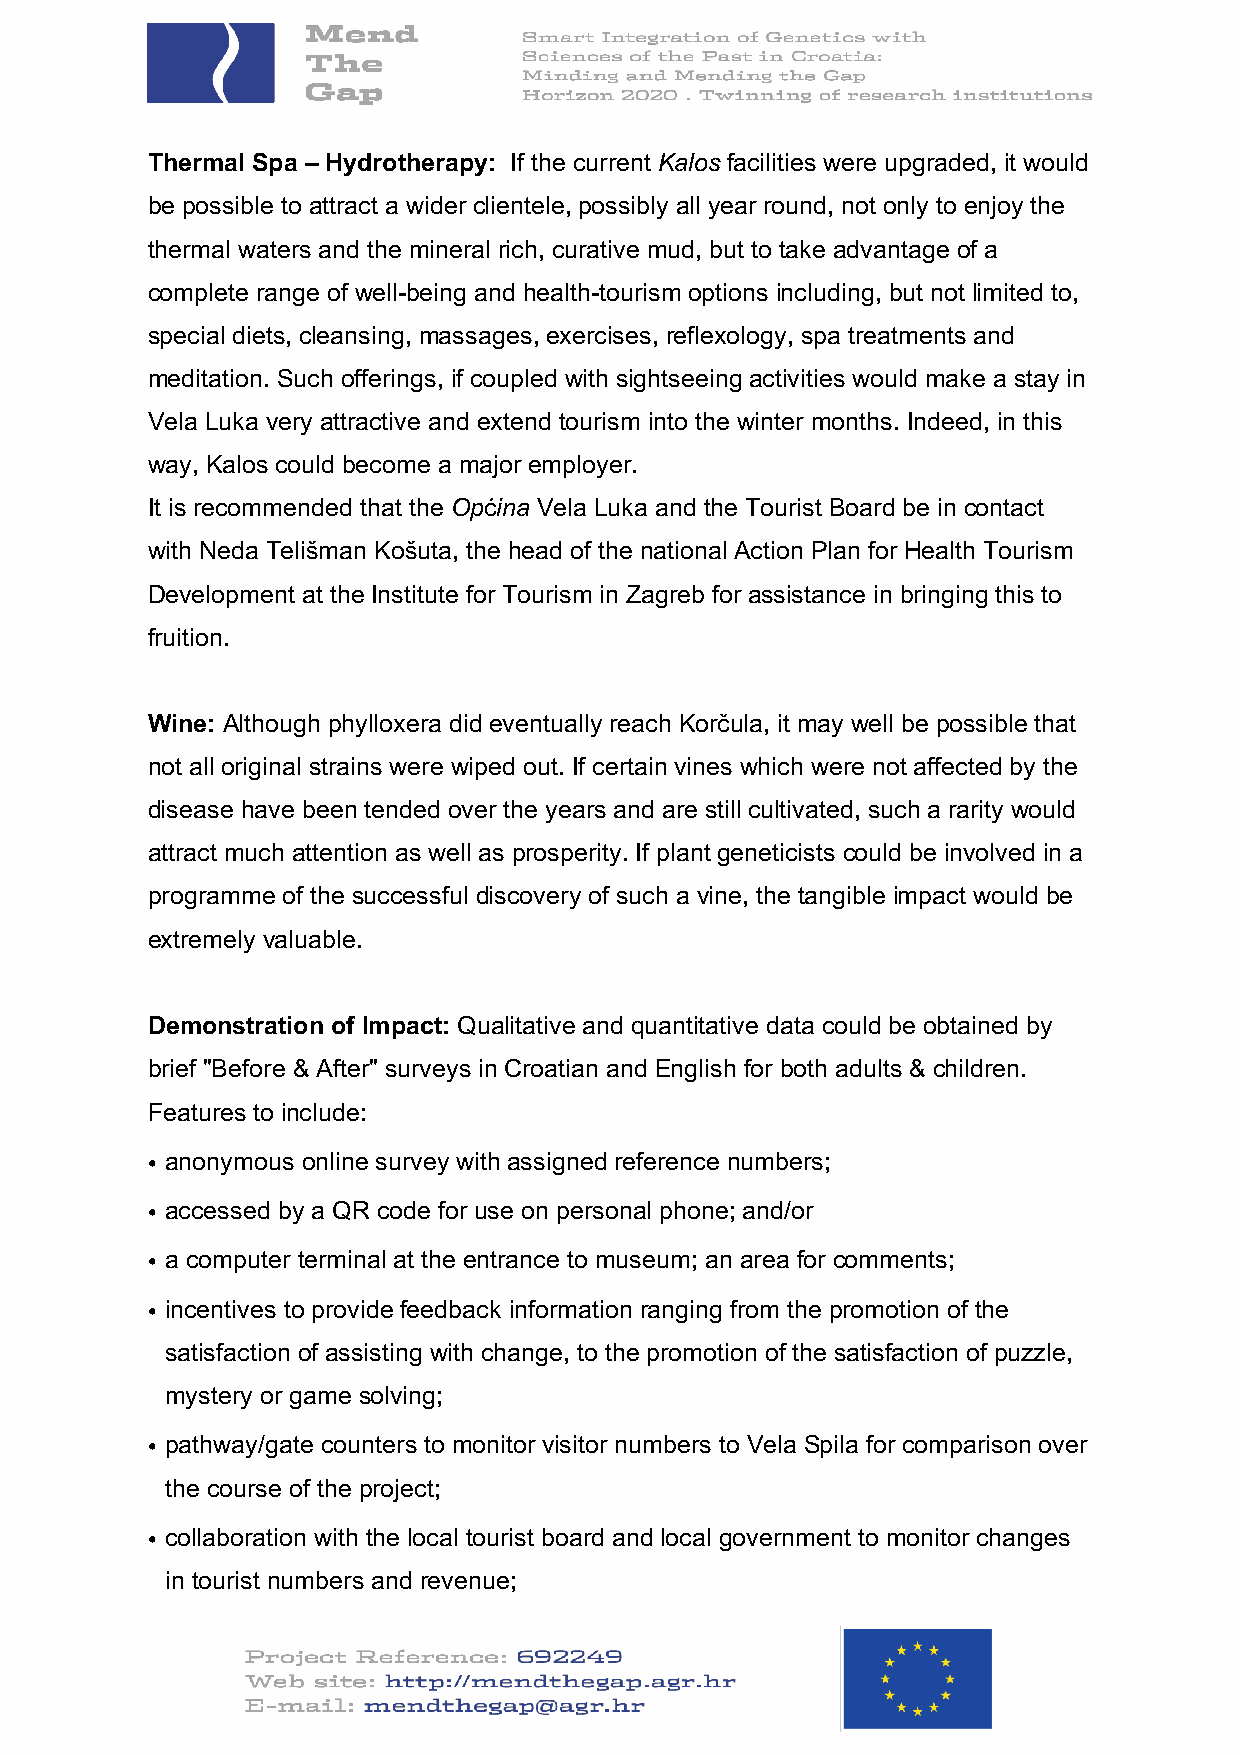
Thermal Spa – Hydrotherapy: If the current Kalos facilities were upgraded, it would
 be possible to attract a wider clientele, possibly all year round, not only to enjoy the
 thermal waters and the mineral rich, curative mud, but to take advantage of a
 complete range of well-being and health-tourism options including, but not limited to,
 special diets, cleansing, massages, exercises, reflexology, spa treatments and
 meditation. Such offerings, if coupled with sightseeing activities would make a stay in
 Vela Luka very attractive and extend tourism into the winter months. Indeed, in this
 way, Kalos could become a major employer.
 It is recommended that the Općina Vela Luka and the Tourist Board be in contact
 with Neda Telišman Košuta, the head of the national Action Plan for Health Tourism
 Development at the Institute for Tourism in Zagreb for assistance in bringing this to
 fruition.
 Wine: Although phylloxera did eventually reach Korčula, it may well be possible that
 not all original strains were wiped out. If certain vines which were not affected by the
 disease have been tended over the years and are still cultivated, such a rarity would
 attract much attention as well as prosperity. If plant geneticists could be involved in a
 programme of the successful discovery of such a vine, the tangible impact would be
 extremely valuable.
 Demonstration of Impact: Qualitative and quantitative data could be obtained by
 brief "Before & After" surveys in Croatian and English for both adults & children.
 Features to include:
 • anonymous online survey with assigned reference numbers;
 • accessed by a QR code for use on personal phone; and/or
 • a computer terminal at the entrance to museum; an area for comments;
 • incentives to provide feedback information ranging from the promotion of the
 satisfaction of assisting with change, to the promotion of the satisfaction of puzzle,
 mystery or game solving;
 • pathway/gate counters to monitor visitor numbers to Vela Spila for comparison over
 the course of the project;
 • collaboration with the local tourist board and local government to monitor changes
 in tourist numbers and revenue;